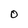
Character: O